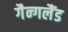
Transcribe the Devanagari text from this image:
गैन्गलैंड